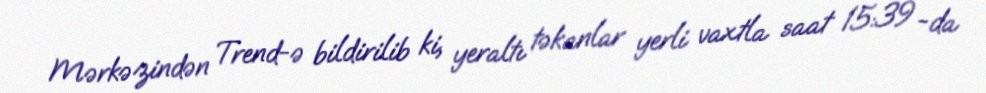
Mərkəzindən Trend-ə bildirilib ki, yeraltı təkanlar yerli vaxtla saat 15:39 -da